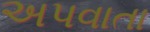
અપવાતા